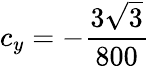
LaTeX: c_{y}=-\frac{3\sqrt{3}}{800}